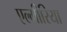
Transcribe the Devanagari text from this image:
एल्मीरिया